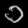
Digit: ၁